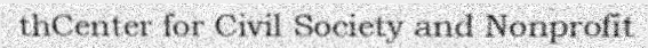
thCenter for Civil Society and Nonprofit